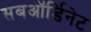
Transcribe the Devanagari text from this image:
सबऑर्डिनेट